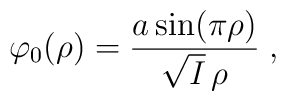
\varphi_0(\rho)=\frac{a\sin(\pi\rho)}{\sqrt{I}\,\rho}\;,